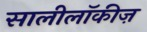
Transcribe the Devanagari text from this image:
सालीलॉकीज़